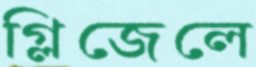
গ্লিজেলে